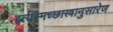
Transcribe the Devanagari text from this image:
इत्यस्मच्छास्त्रानुसारेण